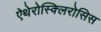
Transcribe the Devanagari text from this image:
ऐथेरोस्क्लिरोसिस